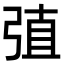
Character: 𢏶